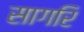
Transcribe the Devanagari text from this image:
सागरि